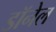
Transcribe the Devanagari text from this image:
डॉनेल